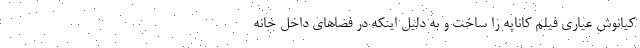
کیانوش عياري فیلم کاناپه را ساخت و به دليل اينکه در فضاهاي داخل خانه